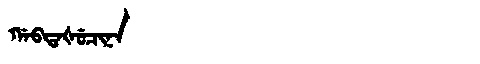
Manchu: ᡤᠠᠪᡨᠠᡧᡠᠴᡳᠨᠠ
Romanization: GABTAŠUCINA